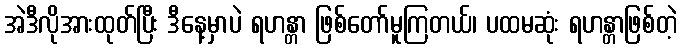
အဲဒီလိုအားထုတ်ပြီး ဒီနေ့မှာပဲ ရဟန္တာ ဖြစ်တော်မူကြတယ်၊ ပထမဆုံး ရဟန္တာဖြစ်တဲ့